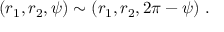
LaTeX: ( r _ { 1 } , r _ { 2 } , \psi ) \sim ( r _ { 1 } , r _ { 2 } , 2 \pi - \psi ) \; .